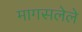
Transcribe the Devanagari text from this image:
मागसलेले